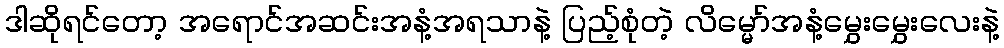
ဒါဆိုရင်တော့ အရောင်အဆင်းအနံ့အရသာနဲ့ ပြည့်စုံတဲ့ လိမ္မော်အနံ့မွှေးမွှေးလေးနဲ့